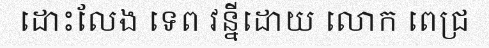
ដោះលែង ទេព វន្នីដោយ លោក ពេជ្រ